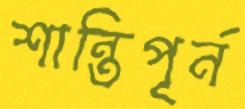
শান্তিপূর্ন